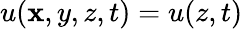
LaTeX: u(\mathbf{x},y,z,t)=u(z,t)